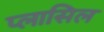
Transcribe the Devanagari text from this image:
प्लासिल